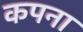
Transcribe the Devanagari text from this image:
कपना